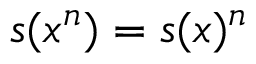
s ( x ^ { n } ) = s ( x ) ^ { n }